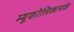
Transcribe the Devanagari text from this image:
म्यूकोलिक्टसके